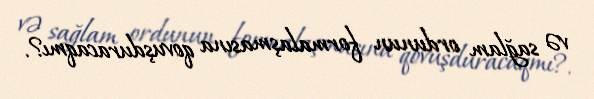
və sağlam ordunun formalaşmasına qovuşduracaqmı?.